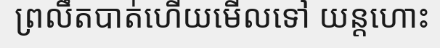
ព្រលឹតបាត់ហើយមើលទៅ យន្តហោះ